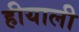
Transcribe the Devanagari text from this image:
हीयाली